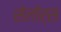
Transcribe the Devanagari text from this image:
सेलोर्स